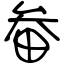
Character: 畚